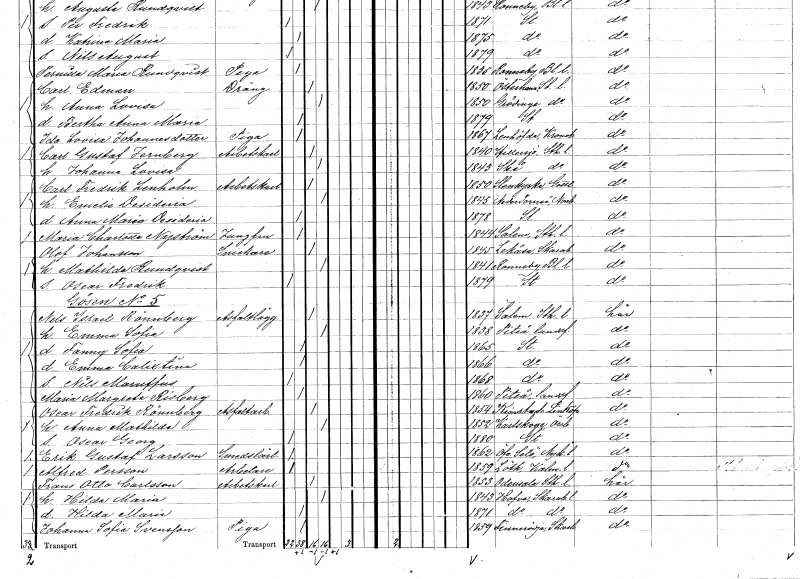
gt_parse: households: individuals: FN: Emelie Desideria
KON: K
CIV: G
FODAR: 1845
FODFORS: Nedertorneå Norrbottens län
FN: Anna Maria Desideria
KON: K
CIV: O
FODAR: 1878
FODFORS: Stockholm
FN: Maria Charlotta
EN: Nyström
YRKE: Jungfru
KON: K
CIV: O
FODAR: 1844
FODFORS: Salem Stockholms län
FN: Olof
EN: Johansson
YRKE: Snickare
KON: M
CIV: G
FODAR: 1845
FODFORS: Lekåsa Skaraborgs län
FN: Mathilda
EN: Rundqvist
KON: K
CIV: G
FODAR: 1841
FODFORS: Ronneby Blekinge län
FN: Oscar Fredrik
KON: M
CIV: O
FODAR: 1879
FODFORS: Stockholm
FN: Nils Israel
EN: Rönnberg
YRKE: Asfaltsläggare
KON: M
CIV: G
FODAR: 1837
FODFORS: Salem Stockholms län
FN: Emma Sofia
KON: K
CIV: G
FODAR: 1838
FODFORS: Piteå landsförsamling Norrbottens län
FN: Fanny Sofia
KON: K
CIV: O
FODAR: 1865
FODFORS: Stockholm
FN: Emma Calixtina
KON: K
CIV: O
FODAR: 1866
FODFORS: Stockholm
FN: Nils Maruffus
KON: M
CIV: O
FODAR: 1868
FODFORS: Stockholm
FN: Maria Margreta
EN: Risberg
KON: K
CIV: O
FODAR: 1860
FODFORS: Piteå landsförsamling Norrbottens län
FN: Oscar Fredrik
EN: Rönnberg
YRKE: Asfaltarbetare
KON: M
CIV: G
FODAR: 1854
FODFORS: Kimstad Östergötlands län
FN: Anna Mathilda
KON: K
CIV: G
FODAR: 1852
FODFORS: Karlskoga Örebro län
FN: Oscar Georg
KON: M
CIV: O
FODAR: 1880
FODFORS: Stockholm
FN: Erik Gustaf
EN: Larsson
YRKE: Smedslärling
KON: M
CIV: O
FODAR: 1862
FODFORS: Överselö Södermanlands län
FN: Alfred
EN: Persson
YRKE: Arbetare
KON: M
CIV: O
FODAR: 1859
FODFORS: Löt Kalmar län
FN: Frans Otto
EN: Carlsson
YRKE: Arbetskarl
KON: M
CIV: G
FODAR: 1853
FODFORS: Odensala Stockholms län
FN: Hilda Maria
KON: K
CIV: G
FODAR: 1843
FODFORS: Hova Skaraborgs län
FN: Hilda Maria
KON: K
CIV: O
FODAR: 1871
FODFORS: Hova Skaraborgs län
FN: Johanna Sofia
EN: Svensson
YRKE: Piga
KON: K
CIV: O
FODAR: 1859
FODFORS: Finnerödja Örebro län